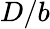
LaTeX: D/b